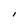
Character: l